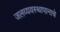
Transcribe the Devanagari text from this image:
जलव्यवस्थापानाचे